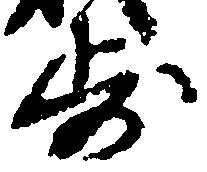
歩